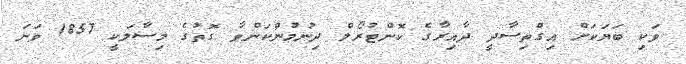
ވަކި ބަޔަކަށް އިގްތިސާދީ ދާއިރާގެ ކޮންޓުރޯލް ދިނުމުންކަންވާ ގޮތުގެ މިސާލަކީ 1857 ވަނަ